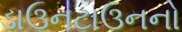
ડાઉનટાઉનનો